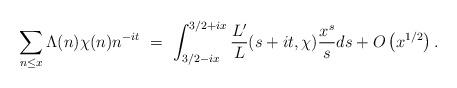
LaTeX: \begin{align*} \sum_{n\le x} \Lambda(n) \chi(n) n^{-it} \ = \ \int_{3/2-ix}^{3/2+ix}\frac{L'}{L} (s+it, \chi) \frac{x^s}{s}ds + O\left(x^{1/2}\right). \end{align*}